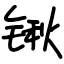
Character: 锹